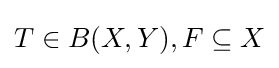
T\in B(X,Y),F\subseteq X